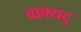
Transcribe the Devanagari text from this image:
वाक्यटु